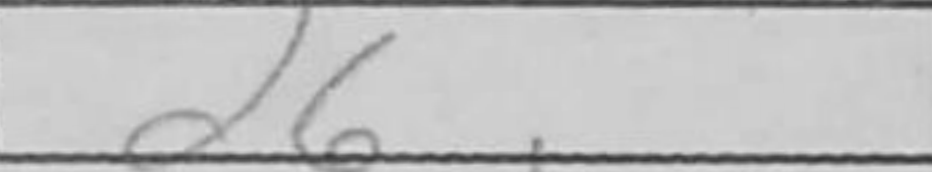
Transcription: d6